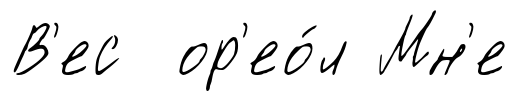
В'ес ор'ео́л Мн'е